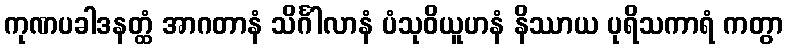
ကုဏပခါဒနတ္ထံ အာဂတာနံ သိင်္ဂါလာနံ ပံသုဝိယူဟနံ နိဿာယ ပုရိသကာရံ ကတွာ